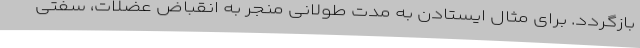
بازگردد. برای مثال ایستادن به مدت طولانی منجر به انقباض عضلات، سفتی